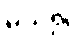
မသိ၍